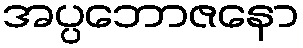
အပ္ပဘောဇနော